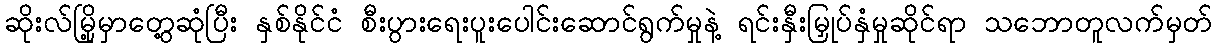
ဆိုးလ်မြို့မှာတွေ့ဆုံပြီး နှစ်နိုင်ငံ စီးပွားရေးပူးပေါင်းဆောင်ရွက်မှုနဲ့ ရင်းနှီးမြှုပ်နှံမှုဆိုင်ရာ သဘောတူလက်မှတ်